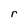
Character: r